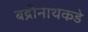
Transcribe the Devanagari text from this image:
बद्रीनाथकडे